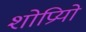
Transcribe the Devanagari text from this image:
शोप्रियो